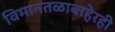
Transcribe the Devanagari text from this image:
विमानतळाबाहेरही